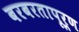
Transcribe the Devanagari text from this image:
बरबरतापूर्ण